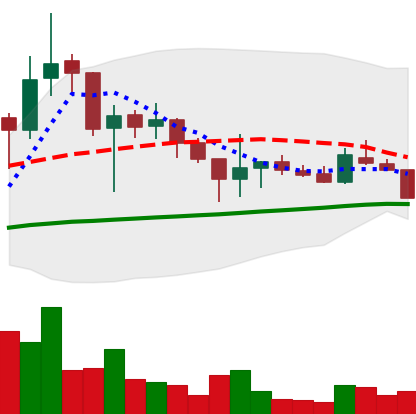
Ticker: LTC-USD
Chart end date: 2017-11-01
Forward return: 3.747%
Label: up_3_5